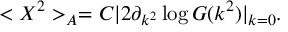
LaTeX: < X ^ { 2 } > _ { \cal { A } } = C | 2 \partial _ { k ^ { 2 } } \log G ( k ^ { 2 } ) | _ { k = 0 } .